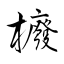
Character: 櫠